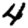
Digit: 4